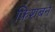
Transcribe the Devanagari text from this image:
फ़िशबर्न